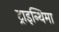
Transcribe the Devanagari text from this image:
ट्राइन्थिमा